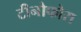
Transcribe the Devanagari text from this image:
टीनोफोरा